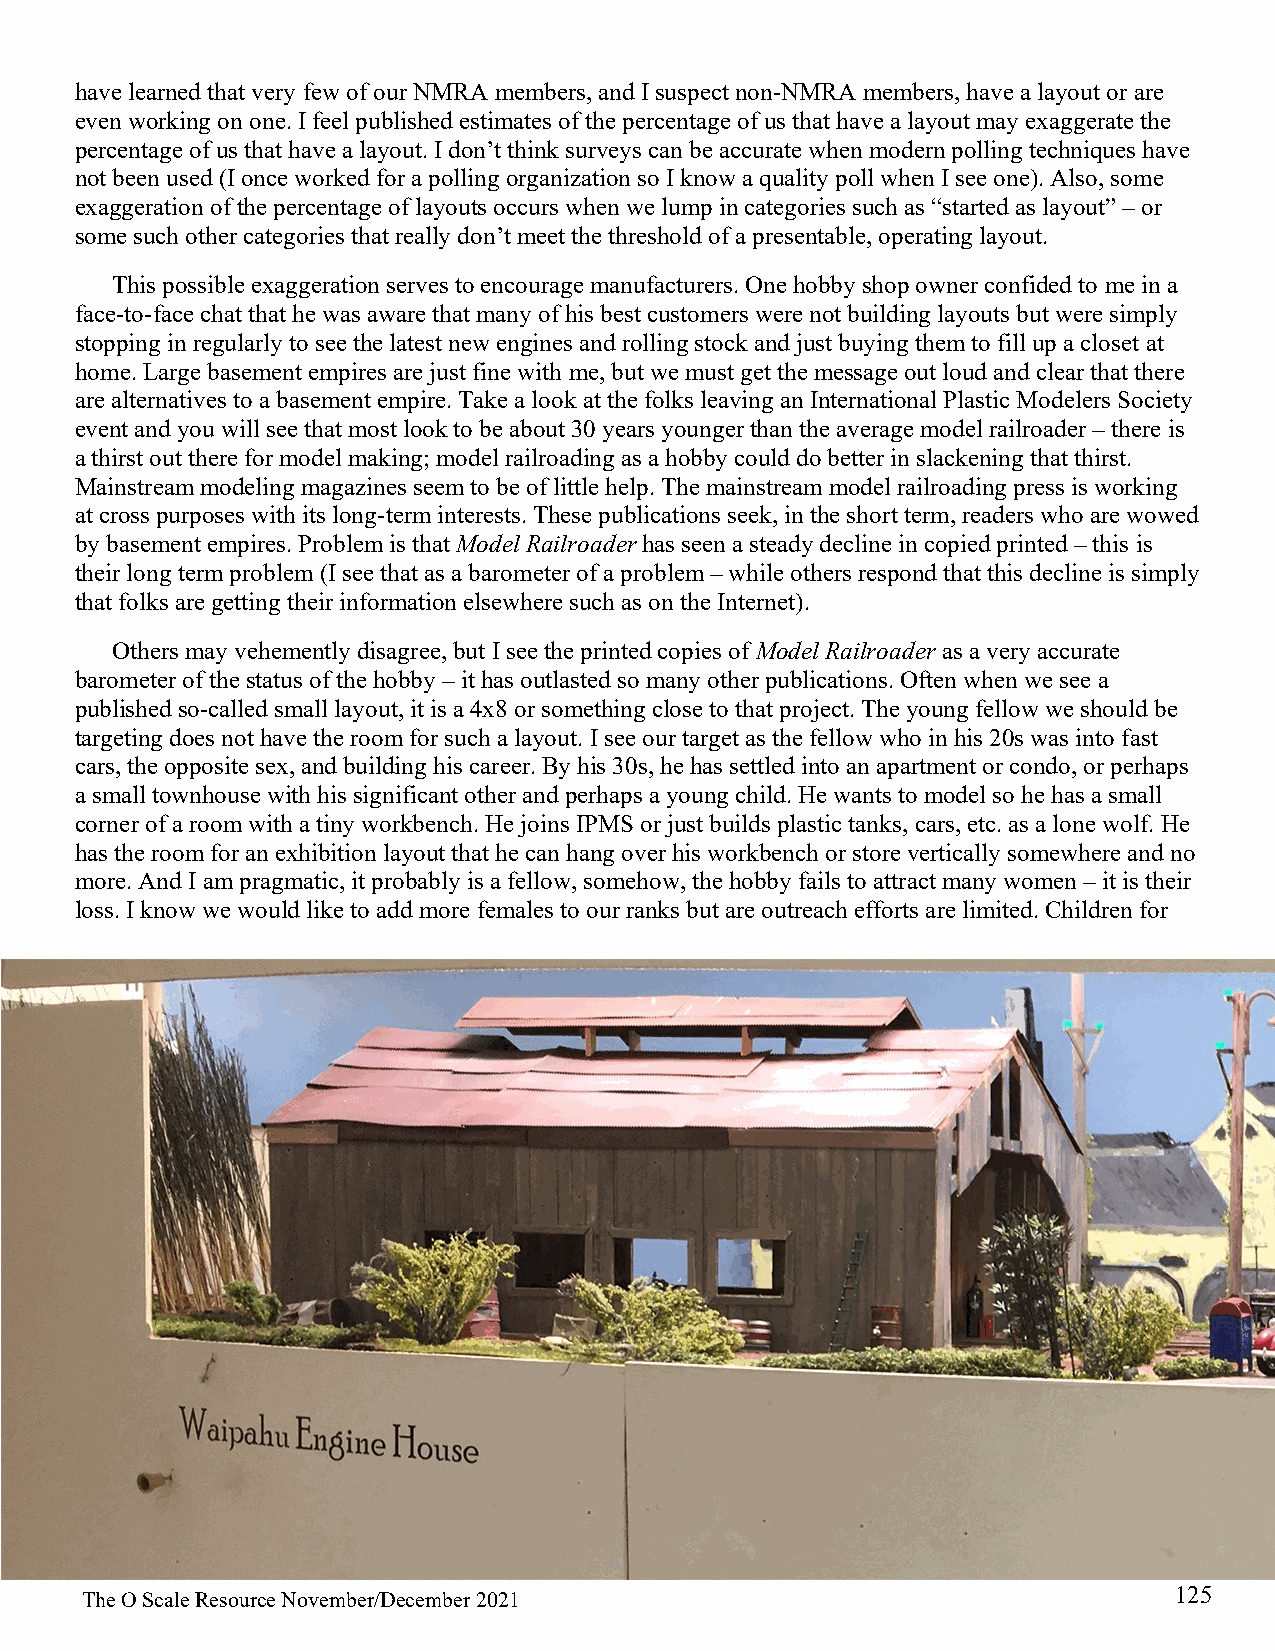
have learned that very few of our NMRA members, and I suspect non-NMRA members, have a layout or are
 even working on one. I feel published estimates of the percentage of us that have a layout may exaggerate the
 percentage of us that have a layout. I don’t think surveys can be accurate when modern polling techniques have
 not been used (I once worked for a polling organization so I know a quality poll when I see one). Also, some
 exaggeration of the percentage of layouts occurs when we lump in categories such as “started as layout” – or
 some such other categories that really don’t meet the threshold of a presentable, operating layout.
 This possible exaggeration serves to encourage manufacturers. One hobby shop owner confided to me in a
 face-to-face chat that he was aware that many of his best customers were not building layouts but were simply
 stopping in regularly to see the latest new engines and rolling stock and just buying them to fill up a closet at
 home. Large basement empires are just fine with me, but we must get the message out loud and clear that there
 are alternatives to a basement empire. Take a look at the folks leaving an International Plastic Modelers Society
 event and you will see that most look to be about 30 years younger than the average model railroader – there is
 a thirst out there for model making; model railroading as a hobby could do better in slackening that thirst.
 Mainstream modeling magazines seem to be of little help. The mainstream model railroading press is working
 at cross purposes with its long-term interests. These publications seek, in the short term, readers who are wowed
 by basement empires. Problem is that Model Railroader has seen a steady decline in copied printed – this is
 their long term problem (I see that as a barometer of a problem – while others respond that this decline is simply
 that folks are getting their information elsewhere such as on the Internet).
 Others may vehemently disagree, but I see the printed copies of Model Railroader as a very accurate
 barometer of the status of the hobby – it has outlasted so many other publications. Often when we see a
 published so-called small layout, it is a 4x8 or something close to that project. The young fellow we should be
 targeting does not have the room for such a layout. I see our target as the fellow who in his 20s was into fast
 cars, the opposite sex, and building his career. By his 30s, he has settled into an apartment or condo, or perhaps
 a small townhouse with his significant other and perhaps a young child. He wants to model so he has a small
 corner of a room with a tiny workbench. He joins IPMS or just builds plastic tanks, cars, etc. as a lone wolf. He
 has the room for an exhibition layout that he can hang over his workbench or store vertically somewhere and no
 more. And I am pragmatic, it probably is a fellow, somehow, the hobby fails to attract many women – it is their
 loss. I know we would like to add more females to our ranks but are outreach efforts are limited. Children for
 125
 The O Scale Resource November/December 2021